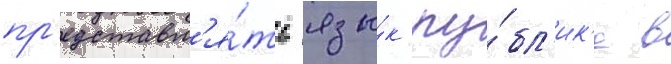
пр'едставл'я́ть язы́к пу́бл'ик'е в